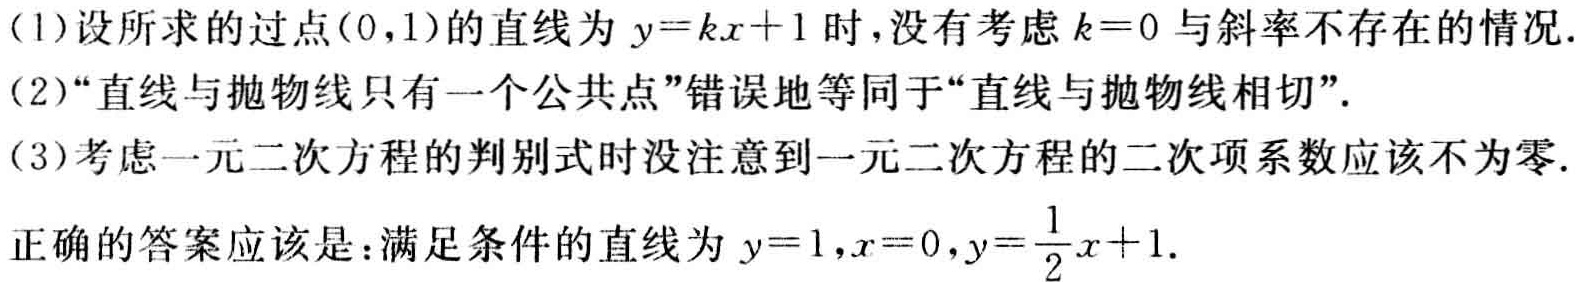
(1)设所求的过点$(0,1)$的直线为$y = kx + 1$时，没有考虑$k = 0$与斜率不存在的情况.

(2)“直线与抛物线只有一个公共点”错误地等同于“直线与抛物线相切”.

(3)考虑一元二次方程的判别式时没注意到一元二次方程的二次项系数应该不为零.

正确的答案应该是：满足条件的直线为$y = 1,x = 0,y=\frac{1}{2}x + 1$.